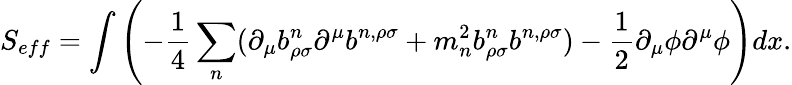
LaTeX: S_{eff}=\int\left(-\frac{1}{4}\sum_{n}(\partial_{\mu}b_{\rho\sigma}^{n}\partial^{\mu}b^{n,\rho\sigma}+{m_{n}^{2}}b_{\rho\sigma}^{n}b^{n,\rho\sigma})-\frac{1}{2}\partial_{\mu}\phi\partial^{\mu}\phi\right)dx.